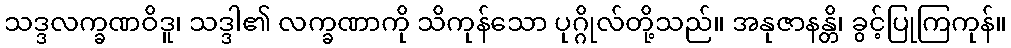
သဒ္ဒလက္ခဏဝိဒူ၊ သဒ္ဒါ၏ လက္ခဏာကို သိကုန်သော ပုဂ္ဂိုလ်တို့သည်။ အနုဇာနန္တိ၊ ခွင့်ပြုကြကုန်။